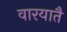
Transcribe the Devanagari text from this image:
वारयातै